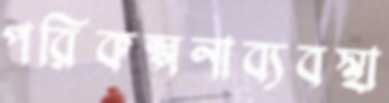
পরিকল্পনাব্যবস্থা